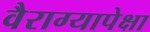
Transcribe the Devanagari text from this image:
वैराग्यापेक्षा